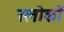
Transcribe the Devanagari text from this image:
स्लोकों